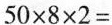
$$5 0 \times 8 \times 2 =$$